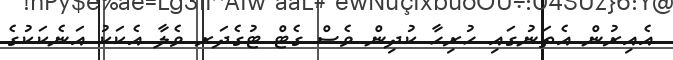
އެެއިރުން އެތަނުގައި ހުރިހާ ކުދިން ވެސް ގެޓް ޓުގެދަރ ވެލާ އެކަކު އަނެކަކުގެ